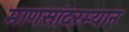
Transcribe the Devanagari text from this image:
माणसांदरम्यान